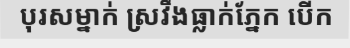
បុរសម្នាក់ ស្រវឹងធ្លាក់ភ្នែក បើក